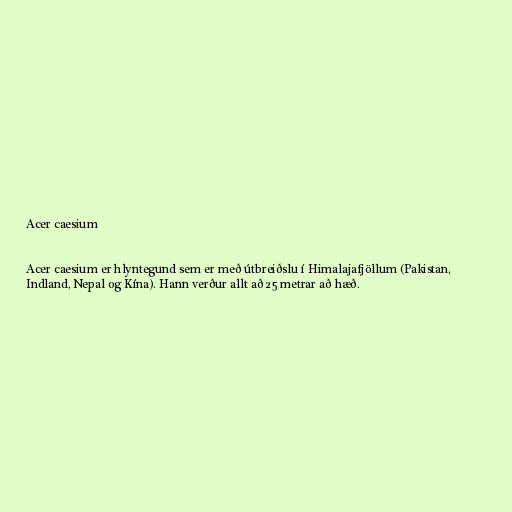
Acer caesium

Acer caesium er hlyntegund sem er með útbreiðslu í Himalajafjöllum (Pakistan,
Indland, Nepal og Kína). Hann verður allt að 25 metrar að hæð.